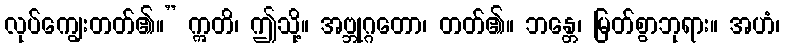
လုပ်ကျွေးတတ်၏။” ဣတိ၊ ဤသို့။ အဗ္ဘုဂ္ဂတော၊ တတ်၏။ ဘန္တေ၊ မြတ်စွာဘုရား။ အဟံ၊